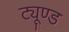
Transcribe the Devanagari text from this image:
ट्यूण्ड